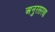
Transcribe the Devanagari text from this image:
अनुरसरण